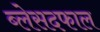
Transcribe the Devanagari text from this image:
ब्लेसदफाल